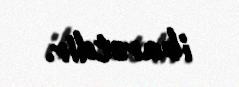
ibarətdir.